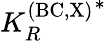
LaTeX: {K_{R}^{\mathrm{(BC,X)}}}^{*}